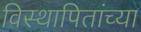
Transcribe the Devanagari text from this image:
विस्थापितांच्या